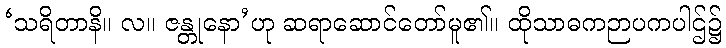
‘သရိတာနိ။ လ။ ဇန္တုနော’ဟု ဆရာဆောင်တော်မူ၏။ ထိုသာဓကဉာပကပါဌ်၌